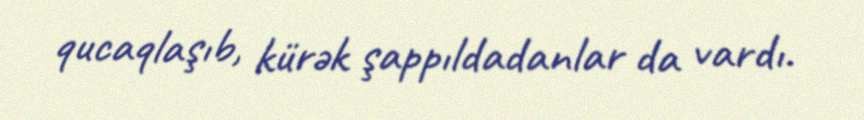
qucaqlaşıb, kürək şappıldadanlar da vardı.